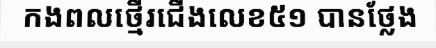
កងពលថ្មើរជើងលេខ៥១ បានថ្លែង